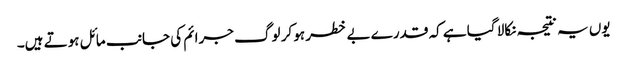
یوں یہ نتیجہ نکالا گیا ہے کہ قدرے بے خطر ہو کر لوگ جرائم کی جانب مائل ہوتے ہیں۔